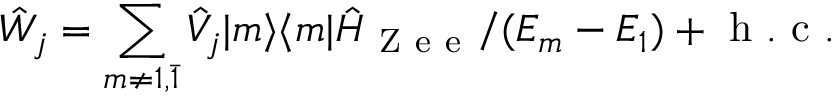
\hat { W } _ { j } = \sum _ { m \neq 1 , \bar { 1 } } \hat { V } _ { j } | m \rangle \langle m | \hat { H } _ { \mathrm { ~ Z ~ e ~ e ~ } } / ( E _ { m } - E _ { 1 } ) + \mathrm { ~ h ~ . ~ c ~ . ~ }